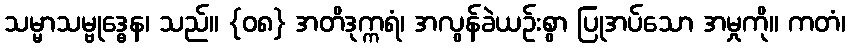
သမ္မာသမ္ဗုဒ္ဓေန၊ သည်။ {၀၈} အတိဒုက္ကရံ၊ အလွန်ခဲယဉ်းစွာ ပြုအပ်သော အမှုကို။ ကတံ၊